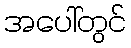
အပေါ်တွင်